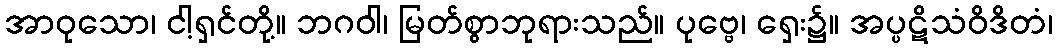
အာဝုသော၊ ငါ့ရှင်တို့။ ဘဂဝါ၊ မြတ်စွာဘုရားသည်။ ပုဗ္ဗေ၊ ရှေး၌။ အပ္ပဋိသံဝိဒိတံ၊